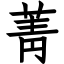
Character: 菁